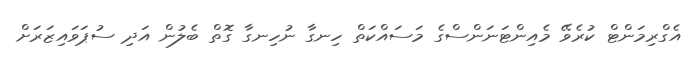
އެގްރިމަންޓް ކުރެވޭ މެއިންޓަނަންސްގެ މަސައްކަތް ހިނގާ ނުހިނގާ ގޮތް ބެލުން އަދި ސުޕަވައިޒަރަށް